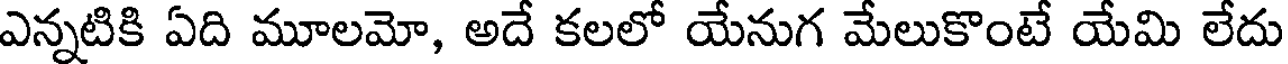
ఎన్నటికి ఏది మూలమో, అదే కలలో యేనుగ మేలుకొంటే యేమి లేదు